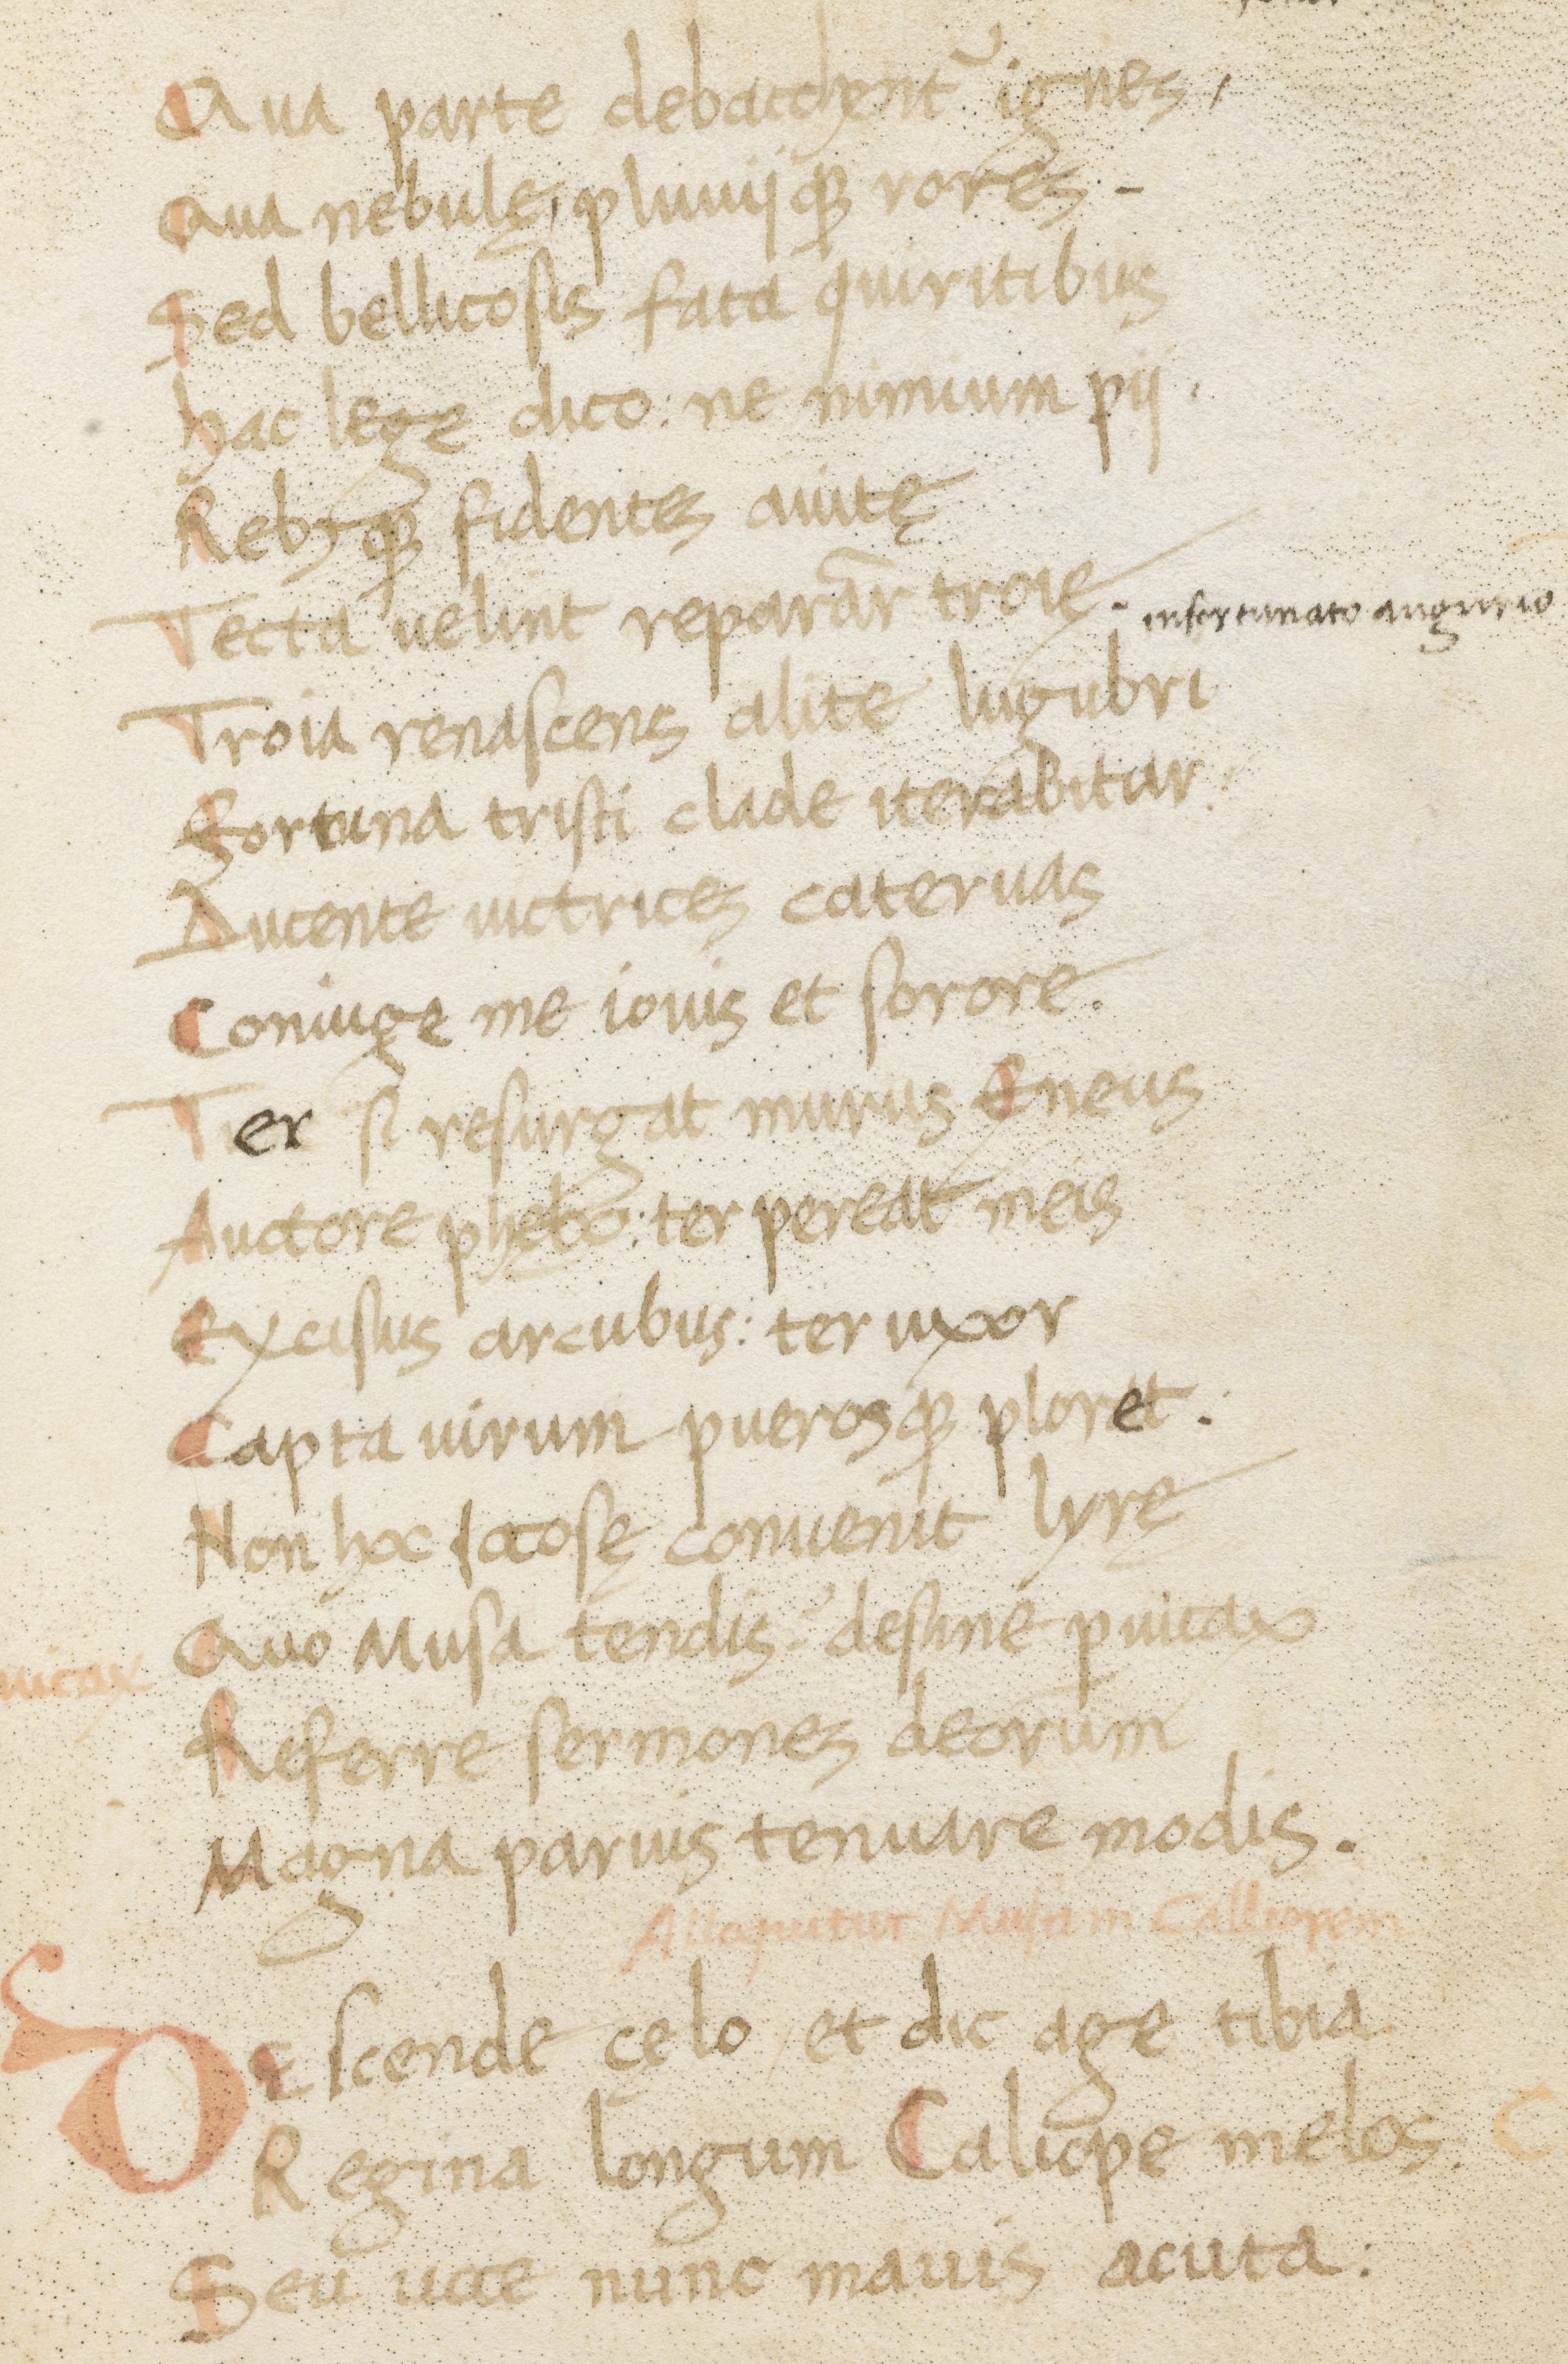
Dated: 1400–1499